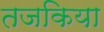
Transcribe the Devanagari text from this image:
तजकिया